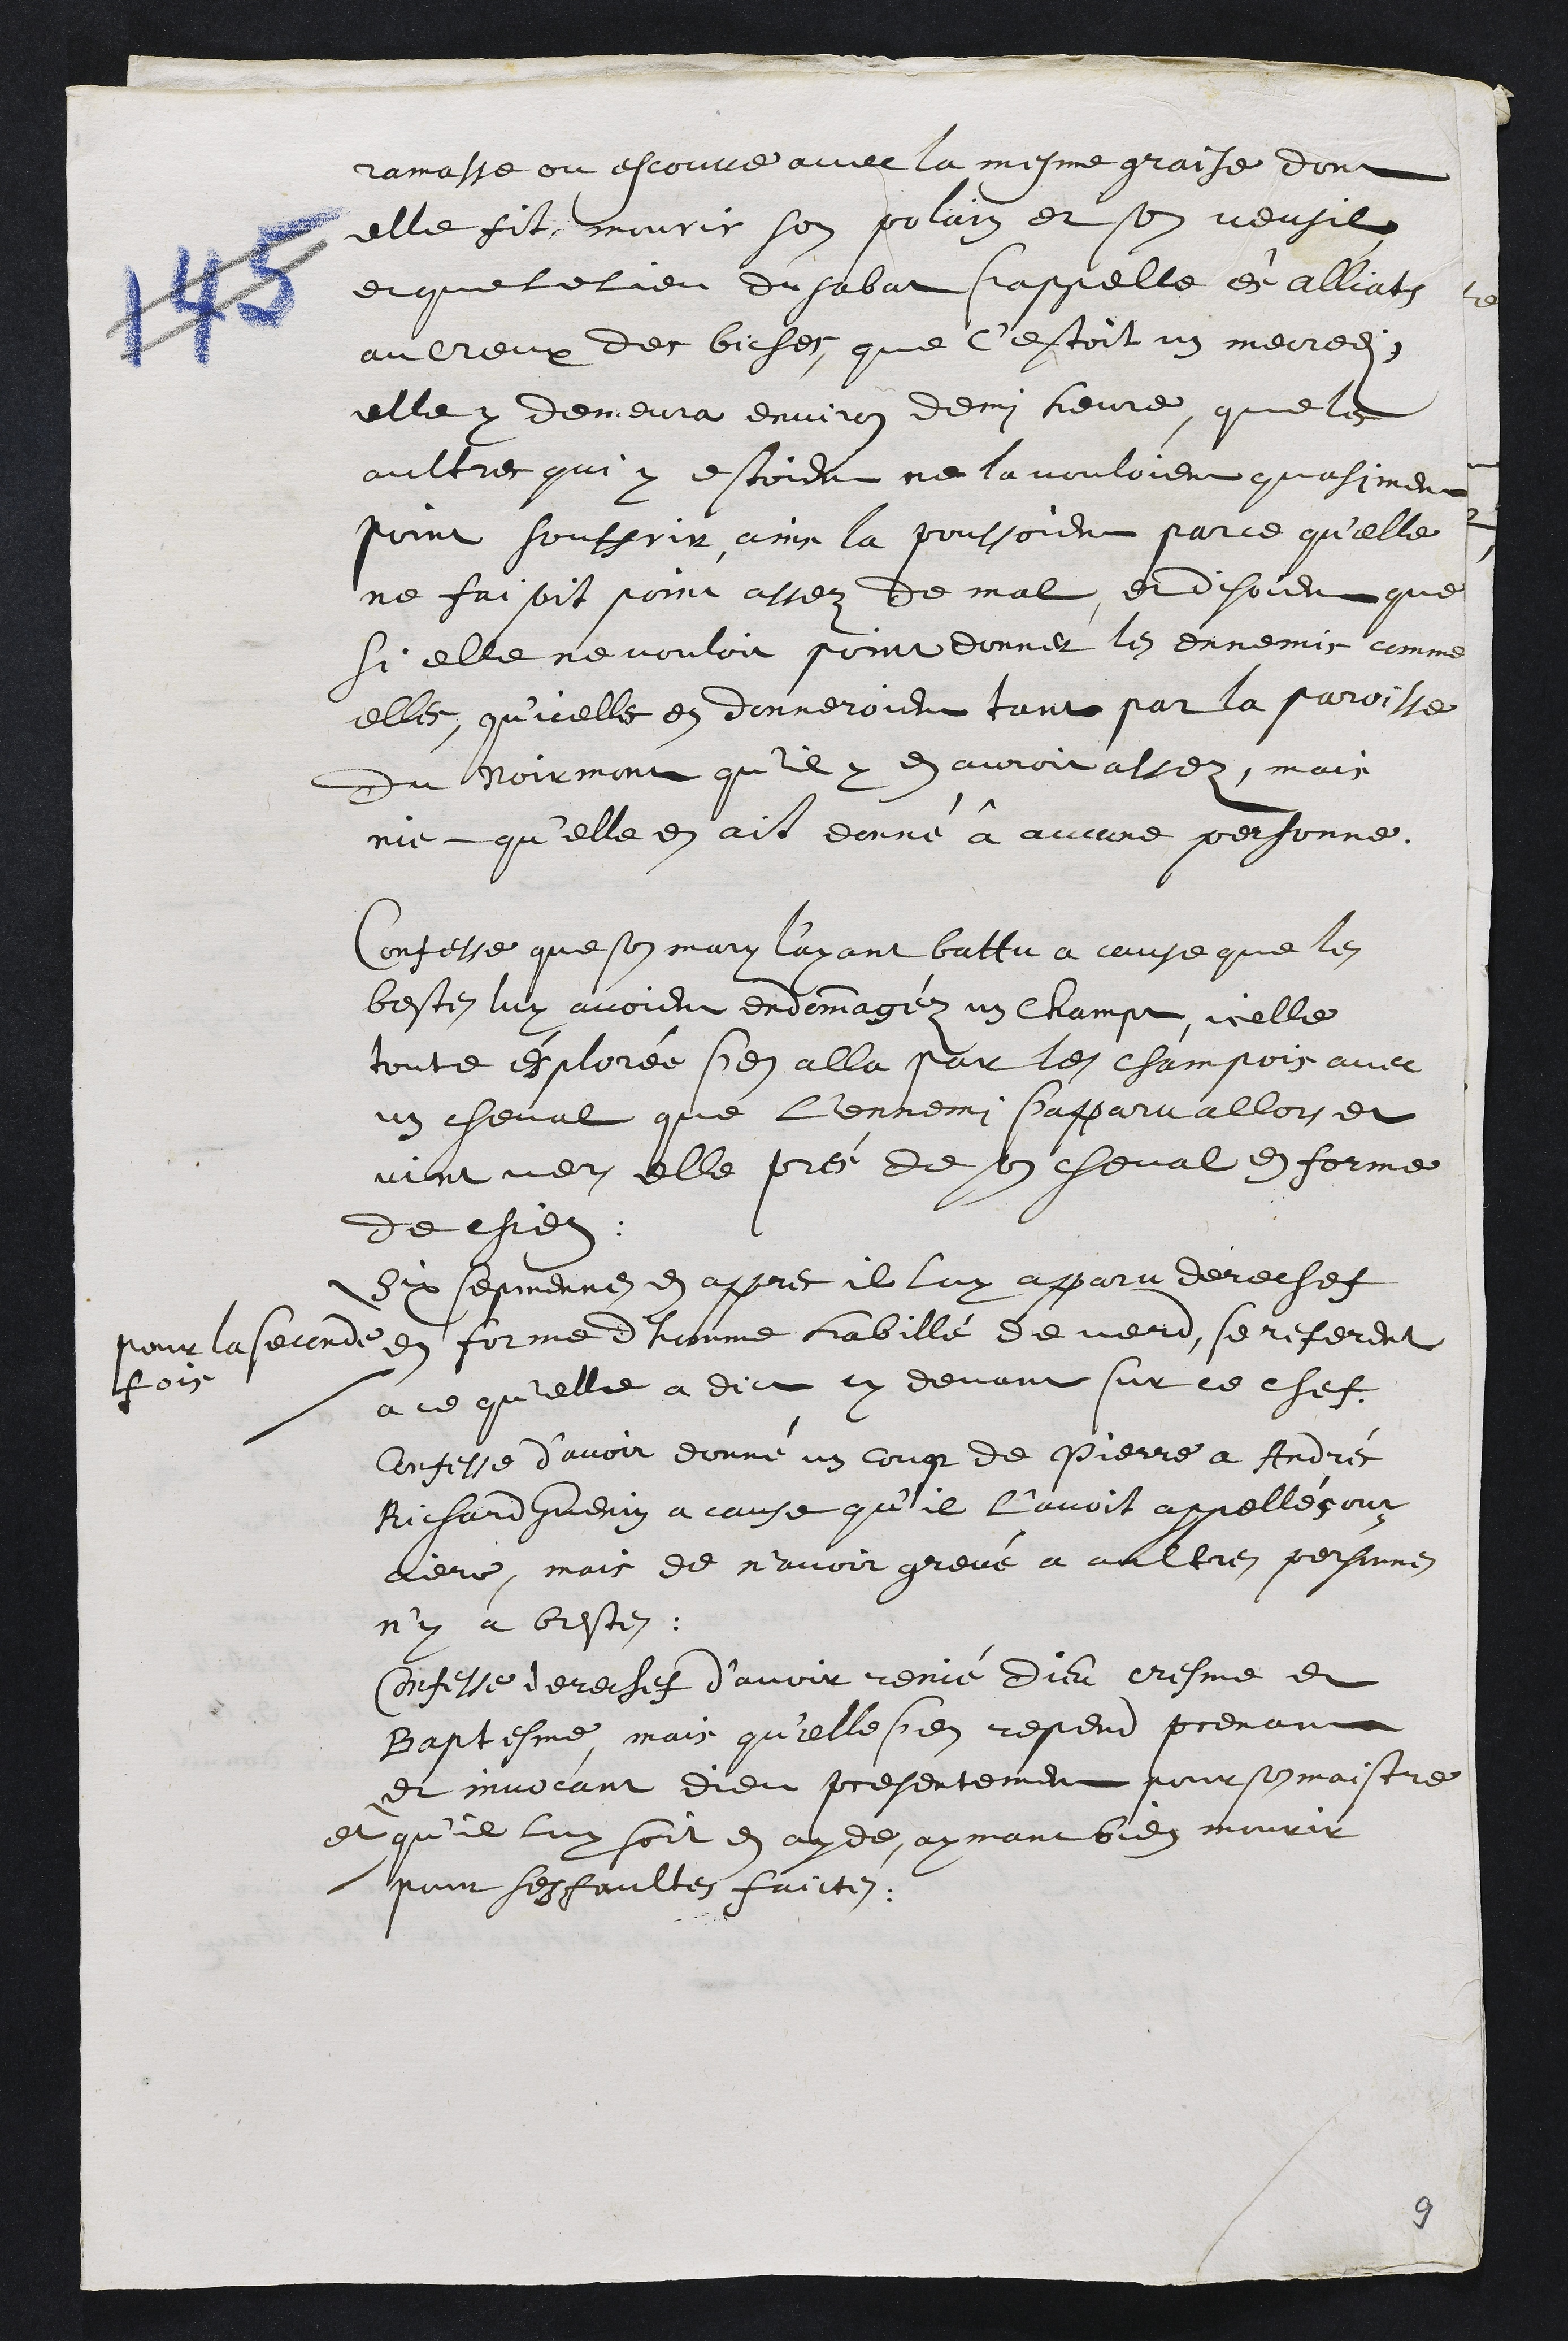
ramasse ou escouve avec la mesme graise, dont
elle fit mourir son polain et son veusil
et que le lieu du sabat s'appelle ès alliats
au Creux des biches, que c'estoit un mecredi,
elle y demeura environ demi heure, que les
aultres qui y estoient ne la vouloient quasiment
point souffrir ains la poussoient parce qu'elle
ne faisoit point assez de mal et disoient que
si elle ne vouloit point donner les ennemis comme
elles, qu’icelles en donneroient tant par la paroisse
du Noirmont qu’il y en auroit assez, mais
nie qu’elle en ait donné à aucune personne.
Confesse que son mary l'ayant battu à cause que les
bestes luy avoient endommagez un champt, icelle
toute èsplorée s'en alla par les champois avec
un cheval que l'ennemi s'apparu allors et
vint vers elle près de son cheval et forme
de chien
Six sepmennes en appres il luy apparu derechef
pour la seconde
fois
en forme d'homme habillé de verd, se referent
a ce qu'elle a dict cy devant sur ce chef.
Confesse d’avoir donné un coup de Pierre a Andrès
Richard Guenin a cause qu’il l’avoit appellé sour¬
ciere, mais de n’avoir grevé a aultres personnes
n’y a bestes
Confesse derechef d’avoir renié Dieu cresme et
Baptesme, mais qu'elle s'en repend prenant
et invocant dieu presentement pour son maistre
et qu'il luy soit en ayde, aymant bien mourir
pour les faultes faictes
9